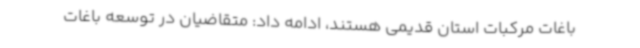
باغات مرکبات استان قدیمی هستند، ادامه داد: متقاضیان در توسعه باغات